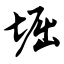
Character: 堀